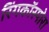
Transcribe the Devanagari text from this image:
रिंगकॉस्पोरा